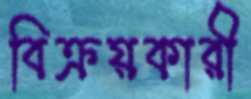
বিক্রয়কারী